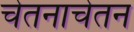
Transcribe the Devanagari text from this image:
चेतनाचेतन